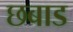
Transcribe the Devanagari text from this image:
छबाड